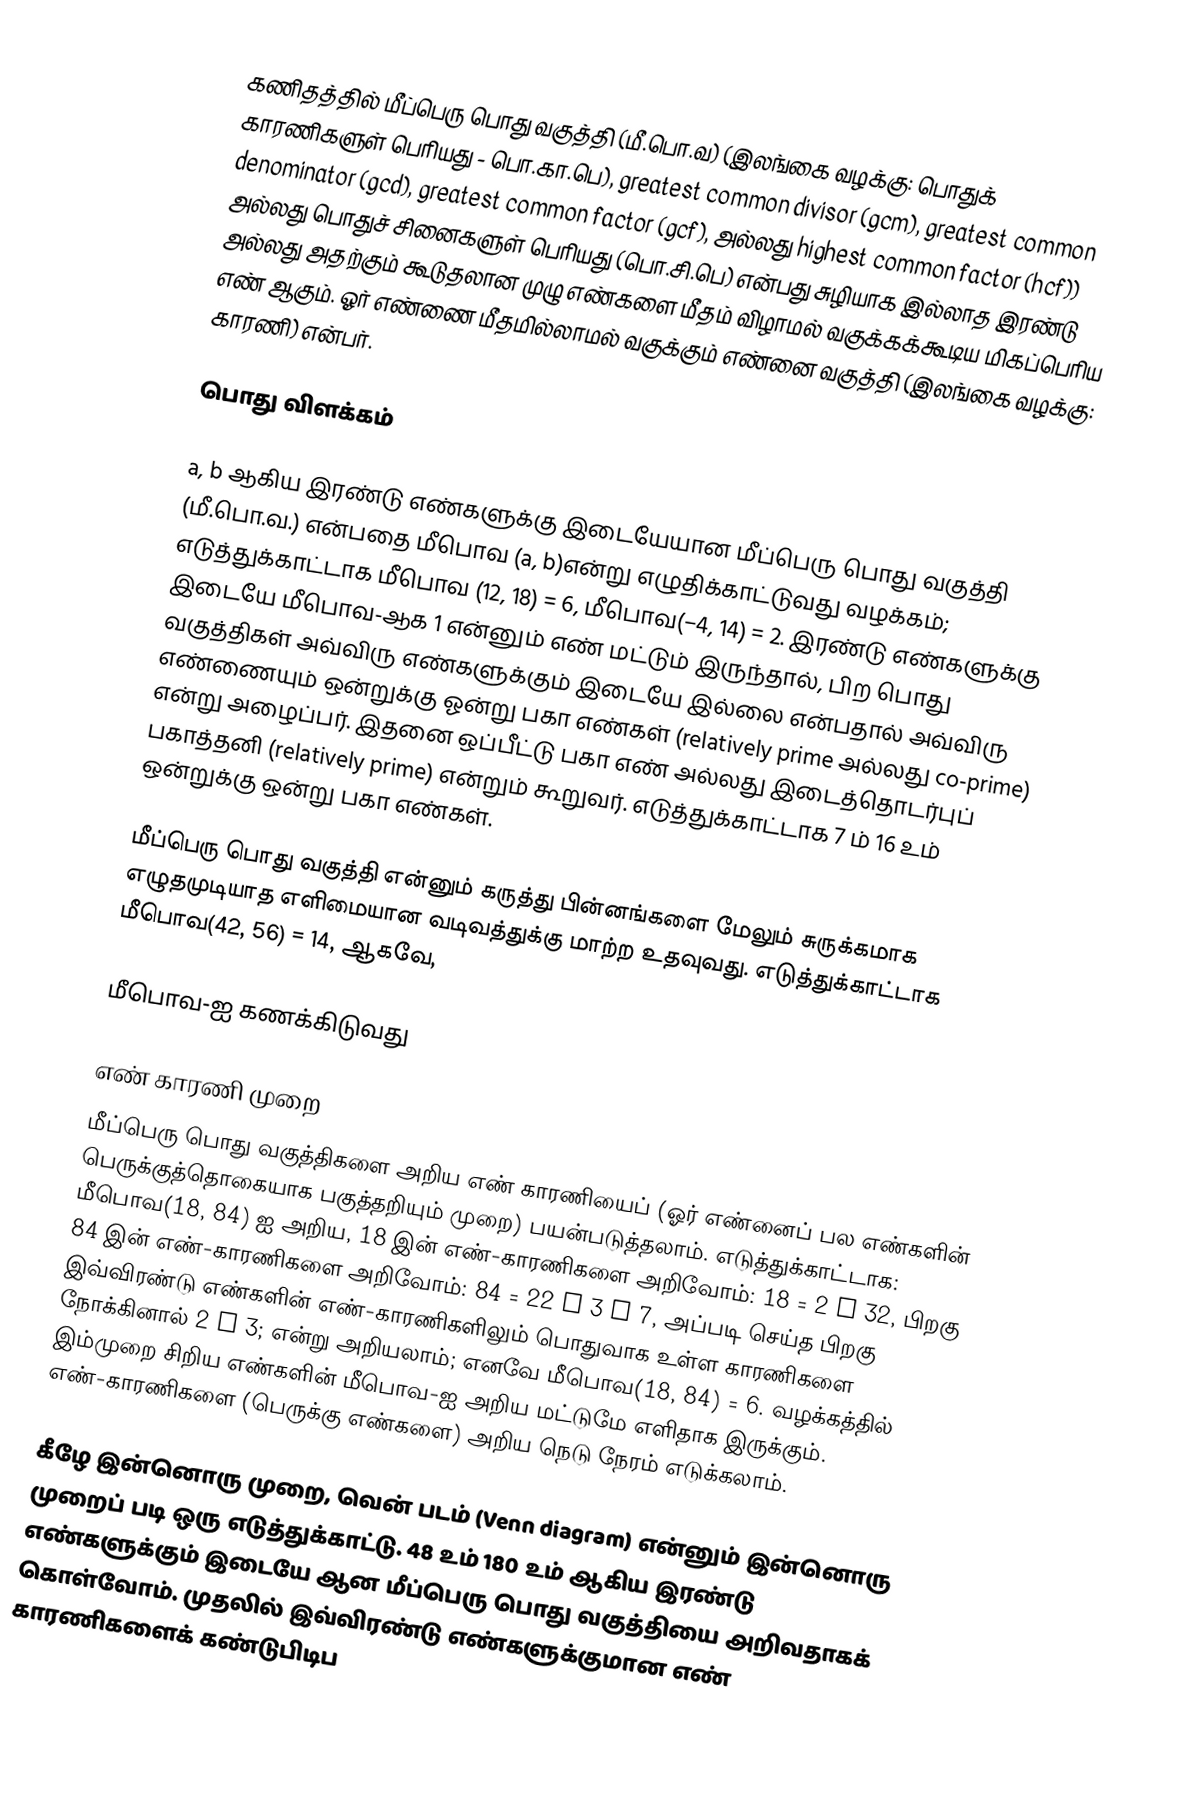
கணிதத்தில் மீப்பெரு பொது வகுத்தி (மீ.பொ.வ) (இலங்கை வழக்கு: பொதுக் காரணிகளுள் பெரியது - பொ.கா.பெ), greatest common divisor (gcm), greatest common denominator (gcd), greatest common factor (gcf), அல்லது highest common factor (hcf)) அல்லது பொதுச் சினைகளுள் பெரியது (பொ.சி.பெ) என்பது சுழியாக இல்லாத இரண்டு அல்லது அதற்கும் கூடுதலான முழு எண்களை மீதம் விழாமல் வகுக்கக்கூடிய மிகப்பெரிய எண் ஆகும். ஓர் எண்ணை மீதமில்லாமல் வகுக்கும் எண்னை வகுத்தி (இலங்கை வழக்கு: காரணி) என்பர்.

பொது விளக்கம்

a, b ஆகிய இரண்டு எண்களுக்கு இடையேயான மீப்பெரு பொது வகுத்தி (மீ.பொ.வ.) என்பதை மீபொவ (a, b)என்று எழுதிக்காட்டுவது வழக்கம்; எடுத்துக்காட்டாக மீபொவ (12, 18) = 6, மீபொவ(−4, 14) = 2. இரண்டு எண்களுக்கு இடையே மீபொவ-ஆக 1 என்னும் எண் மட்டும் இருந்தால், பிற பொது வகுத்திகள் அவ்விரு எண்களுக்கும் இடையே இல்லை என்பதால் அவ்விரு எண்ணையும் ஒன்றுக்கு ஓன்று பகா எண்கள் (relatively prime அல்லது co-prime) என்று அழைப்பர். இதனை ஒப்பீட்டு பகா எண் அல்லது இடைத்தொடர்புப் பகாத்தனி (relatively prime) என்றும் கூறுவர். எடுத்துக்காட்டாக 7 ம் 16 உம் ஒன்றுக்கு ஒன்று பகா எண்கள்.

மீப்பெரு பொது வகுத்தி என்னும் கருத்து பின்னங்களை மேலும் சுருக்கமாக எழுதமுடியாத எளிமையான வடிவத்துக்கு மாற்ற உதவுவது. எடுத்துக்காட்டாக மீபொவ(42, 56) = 14, ஆகவே,

மீபொவ-ஐ கணக்கிடுவது

எண் காரணி முறை
மீப்பெரு பொது வகுத்திகளை அறிய எண் காரணியைப் (ஓர் எண்னைப் பல எண்களின் பெருக்குத்தொகையாக பகுத்தறியும் முறை) பயன்படுத்தலாம். எடுத்துக்காட்டாக: மீபொவ(18, 84) ஐ அறிய, 18 இன் எண்-காரணிகளை அறிவோம்: 18 = 2 · 32, பிறகு 84 இன் எண்-காரணிகளை அறிவோம்: 84 = 22 · 3 · 7, அப்படி செய்த பிறகு இவ்விரண்டு எண்களின் எண்-காரணிகளிலும் பொதுவாக உள்ள காரணிகளை நோக்கினால் 2 · 3; என்று அறியலாம்; எனவே மீபொவ(18, 84) = 6. வழக்கத்தில் இம்முறை சிறிய எண்களின் மீபொவ-ஐ அறிய மட்டுமே எளிதாக இருக்கும். எண்-காரணிகளை (பெருக்கு எண்களை) அறிய நெடு நேரம் எடுக்கலாம்.

கீழே இன்னொரு முறை, வென் படம் (Venn diagram) என்னும் இன்னொரு முறைப் படி ஒரு எடுத்துக்காட்டு.  48 உம் 180 உம் ஆகிய இரண்டு எண்களுக்கும் இடையே ஆன மீப்பெரு பொது வகுத்தியை அறிவதாகக் கொள்வோம். முதலில் இவ்விரண்டு எண்களுக்குமான எண் காரணிகளைக் கண்டுபிடிப